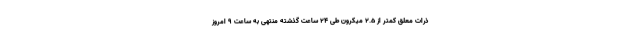
ذرات معلق کمتر از ۲.۵ میکرون طی ۲۴ ساعت گذشته منتهی به ساعت ۹ امروز